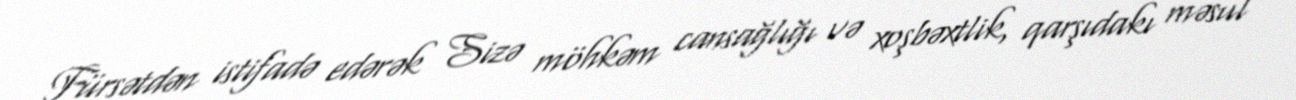
Fürsətdən istifadə edərək Sizə möhkəm cansağlığı və xoşbəxtlik, qarşıdakı məsul